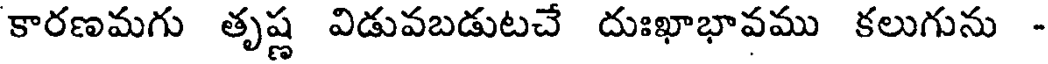
కారణమగు తృష్ణ విడువబడుటచే దుఃఖాభావము కలుగును -